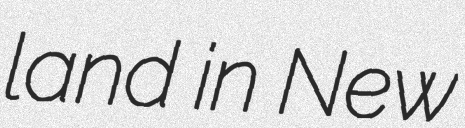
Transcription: land in New